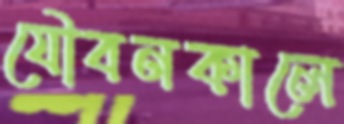
যৌবনকালে